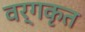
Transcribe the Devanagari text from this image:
वर्गकृत